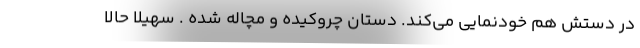
در دستش هم خودنمایی می‌کند. دستان چروکیده و مچاله شده . سهیلا حالا